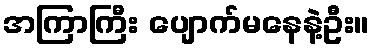
အကြာကြီး ပျောက်မနေနဲ့ဦး။